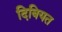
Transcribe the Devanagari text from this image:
दिबियत